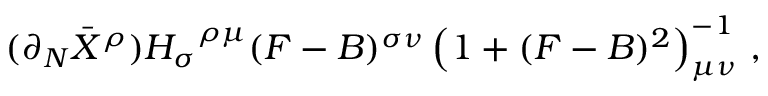
( \partial _ { N } \bar { X } ^ { \rho } ) { H _ { \sigma } } ^ { \rho \mu } ( F - B ) ^ { \sigma \nu } \left( 1 + ( F - B ) ^ { 2 } \right) _ { \mu \nu } ^ { - 1 } \, ,